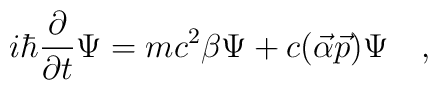
i \hbar \frac{\partial}{\partial t} \Psi=mc^2 \beta \Psi+c (\vec{\alpha}\vec{p}) \Psi \quad ,